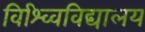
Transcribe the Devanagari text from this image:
विश्व्विविद्यालय